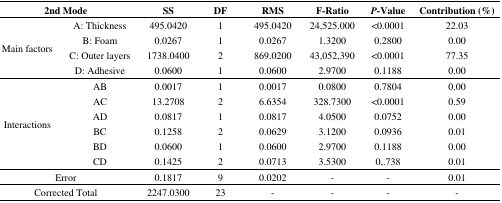
| <COLSPAN=2> 2nd Mode | SS | DF | RMS | F-Ratio | P-Value | Contribution (%) |
 | --- | --- | --- | --- | --- | --- | --- | --- |
 | <ROWSPAN=4> Main factors | A: Thickness | 495.0420 | 1 | 495.0420 | 24,525.000 | <0.0001 | 22.03 |
 | B: Foam | 0.0267 | 1 | 0.0267 | 1.3200 | 0.2800 | 0.00 |
 | C: Outer layers | 1738.0400 | 2 | 869.0200 | 43,052,390 | <0.0001 | 77.35 |
 | D: Adhesive | 0.0600 | 1 | 0.0600 | 2.9700 | 0.1188 | 0.00 |
 | <ROWSPAN=6> Interactions | AB | 0.0017 | 1 | 0.0017 | 0.0800 | 0.7804 | 0.00 |
 | AC | 13.2708 | 2 | 6.6354 | 328.7300 | <0.0001 | 0.59 |
 | AD | 0.0817 | 1 | 0.0817 | 4.0500 | 0.0752 | 0.00 |
 | BC | 0.1258 | 2 | 0.0629 | 3.1200 | 0.0936 | 0.01 |
 | BD | 0.0600 | 1 | 0.0600 | 2.9700 | 0.1188 | 0.00 |
 | CD | 0.1425 | 2 | 0.0713 | 3.5300 | 0,.738 | 0.01 |
 | <COLSPAN=2> Error | 0.1817 | 9 | 0.0202 | - | - | 0.01 |
 | <COLSPAN=2> Corrected Total | 2247.0300 | 23 | - | - | - | - |